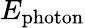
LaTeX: E_{\mathrm{photon}}